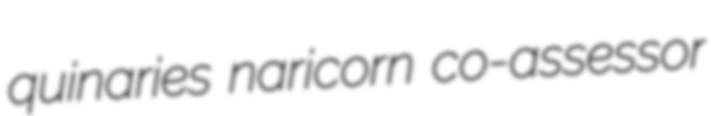
quinaries naricorn co-assessor